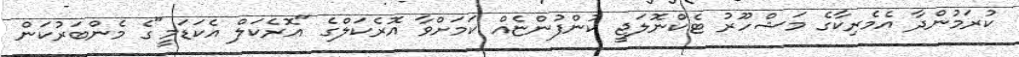
ކުރަމުންދާ އެމެރިކާގެ މަޝްހޫރު ޓެކްނޮލަޖީ ކުންފުންޏެއް ކަމަށްވާ އޮރެކަލްގެ "އޮރެކަލް އެކަޑަމީ"ގެ މެންބަރުކަން